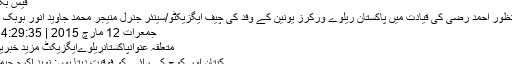
فیس بک
منظور احمد رضی کی قیادت میں پاکستان ریلوے ورکرز یونین کے وفد کی چیف ایگزیکٹو/سینئر جنرل منیجر محمد جاوید انور بوبک ..
جمعرات 12 مارچ 2015 | 04:29:35
متعلقہ عنوانپاکستانریلوےایگزیکٹ مزید خبریں
کپتان اور کوچ کی رائے کو فوقیت دیتا ہوں: نوید اکرم چیمہ